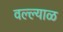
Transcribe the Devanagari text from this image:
वल्ल्याळ